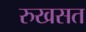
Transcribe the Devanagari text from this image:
रुखसत